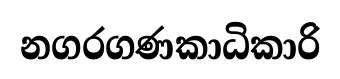
නගරගණකාධිකාරි